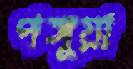
পঙ্গুয়া